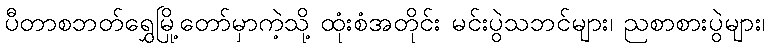
ပီတာစဘတ်ရွှေမြို့တော်မှာကဲ့သို့ ထုံးစံအတိုင်း မင်းပွဲသဘင်များ၊ ညစာစားပွဲများ၊